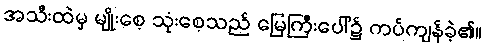
အသီးထဲမှ မျိုးစေ့ သုံးစေ့သည် မြေကြီးပေါ်၌ ကပ်ကျန်ခဲ့၏။